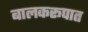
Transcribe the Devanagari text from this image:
बालकरूपात